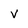
Character: V